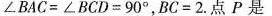
∠BAC=∠BCD=90°，BC=2.点P是